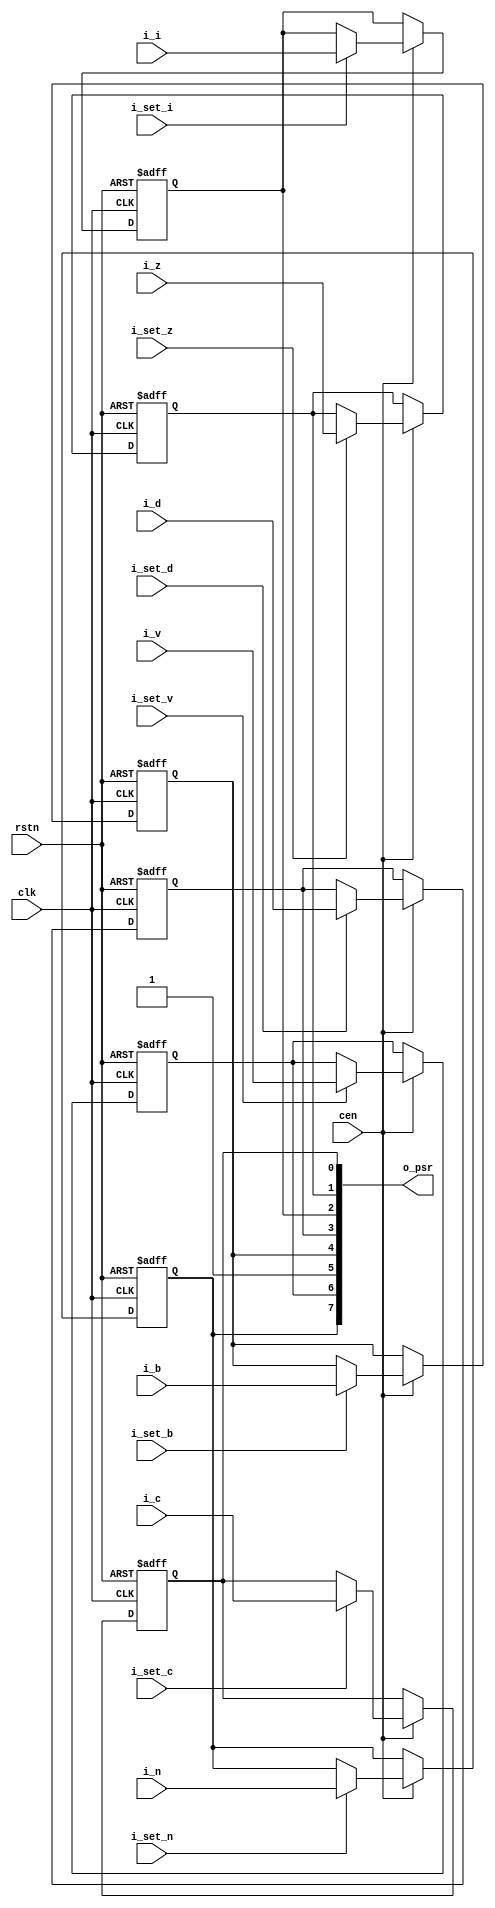
// Copyright (c) 2014 Takashi Toyoshima <toyoshim@gmail.com>.
// All rights reserved.  Use of this source code is governed by a BSD-style
// license that can be found in the LICENSE file.

module MC6502ProcessorStatusRegister(
    clk,
    cen,
    rstn,
    i_c,
    i_set_c,
    i_i,
    i_set_i,
    i_v,
    i_set_v,
    i_d,
    i_set_d,
    i_n,
    i_set_n,
    i_z,
    i_set_z,
    i_b,
    i_set_b,
    o_psr);

  input        clk;
  input        cen;
  input        rstn;
  input        i_c;
  input        i_set_c;
  input        i_i;
  input        i_set_i;
  input        i_v;
  input        i_set_v;
  input        i_d;
  input        i_set_d;
  input        i_n;
  input        i_set_n;
  input        i_z;
  input        i_set_z;
  input        i_b;
  input        i_set_b;
  output [7:0] o_psr;

  reg          r_n;
  reg          r_v;
  reg          r_b;
  reg          r_d;
  reg          r_i;
  reg          r_z;
  reg          r_c;

  assign o_psr = { r_n, r_v, 1'b1, r_b, r_d, r_i, r_z, r_c };

  always @ (posedge clk or negedge rstn) begin
    if (!rstn) begin
      r_n <= 1'b0;
      r_v <= 1'b0;
      r_b <= 1'b0;
      r_d <= 1'b0;
      r_i <= 1'b0;
      r_z <= 1'b0;
      r_c <= 1'b0;
    end else if(cen) begin
      if (i_set_c) begin
        r_c <= i_c;
      end
      if (i_set_i) begin
        r_i <= i_i;
      end
      if (i_set_v) begin
        r_v <= i_v;
      end
      if (i_set_d) begin
        r_d <= i_d;
      end
      if (i_set_n) begin
        r_n <= i_n;
      end
      if (i_set_z) begin
        r_z <= i_z;
      end
      if (i_set_b) begin
        r_b <= i_b;
      end
    end
  end
endmodule  // MC6502ProcessorStatusRegister